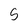
Character: 5